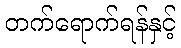
တက်ရောက်ရန်နှင့်